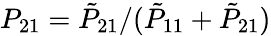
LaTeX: P_{21}={\tilde{P}}_{21}/({\tilde{P}}_{11}+{\tilde{P}}_{21})